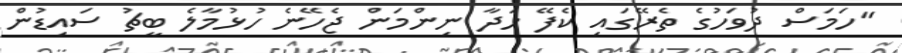
"ހަމަސް ދުވަހުގެ ތެރޭގައި ކެފޭ ހަދާ ނިންމަން ޖެހޭނެ ހުޅުމާލެ ބީޗު ސައިޑުން